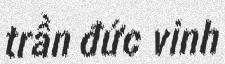
trần đức vinh